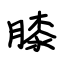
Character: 膝